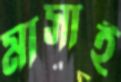
মাসাই